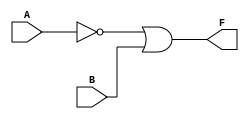
module kmap_2var (
    input wire A,  // Input A
    input wire B,  // Input B
    output wire F  // Output F(A, B)
);

// Implementing the simplified Boolean expression F(A, B) = A' + B
assign F = ~A | B;

endmodule